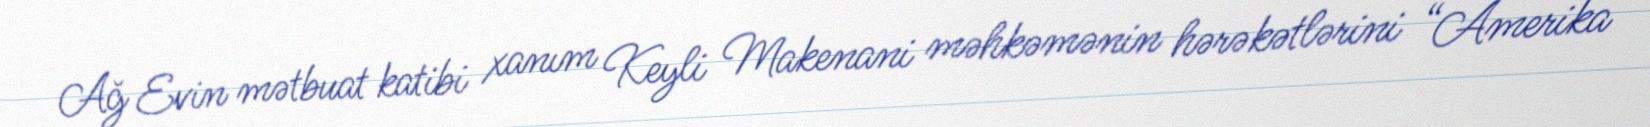
Ağ Evin mətbuat katibi xanım Keyli Makenani məhkəmənin hərəkətlərini “Amerika